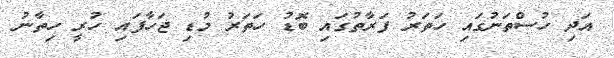
އަދި ހުސްތަނުގައި ހަތަރު ފަރާތުގައި ބޮޑު ހަތަރު މުޑި ޖަހާފައި ހުރީ ހިތާނު